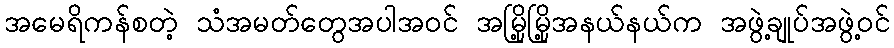
အမေရိကန်စတဲ့ သံအမတ်တွေအပါအဝင် အမြို့မြို့အနယ်နယ်က အဖွဲ့ချုပ်အဖွဲ့ဝင်